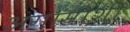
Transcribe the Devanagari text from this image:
अगासीशी